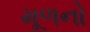
મૂળનો